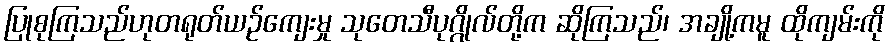
ပြုစုကြသည်ဟုတရုတ်ယဉ်ကျေးမှု သုတေသီပုဂ္ဂိုလ်တို့က ဆိုကြသည်၊ အချို့ကမူ ထိုကျမ်းကို